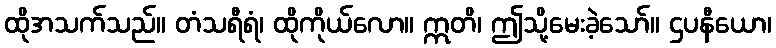
ထိုအသက်သည်။ တံသရီရံ၊ ထိုကိုယ်လော။ ဣတိ၊ ဤသို့မေးခဲ့သော်။ ဌပနီယော၊